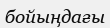
бойыңдағы